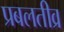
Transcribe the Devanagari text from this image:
प्रबलतीव्र